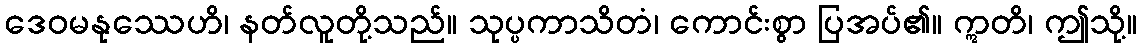
ဒေဝမနုဿေဟိ၊ နတ်လူတို့သည်။ သုပ္ပကာသိတံ၊ ကောင်းစွာ ပြအပ်၏။ ဣတိ၊ ဤသို့။